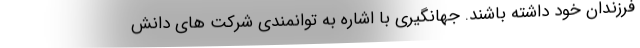
فرزندان خود داشته باشند. جهانگیری با اشاره به توانمندی شرکت های دانش